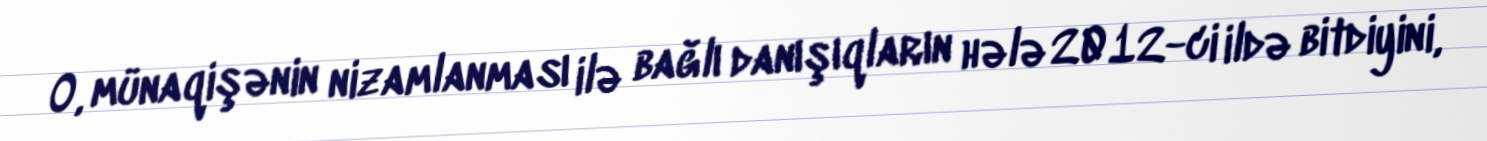
O, münaqişənin nizamlanması ilə bağlı danışıqların hələ 2012-ci ildə bitdiyini,